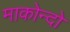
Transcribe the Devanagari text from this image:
माकोन्दो